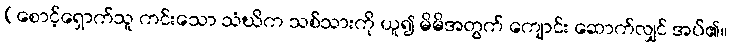
(စောင့်ရှောက်သူ ကင်းသော သံဃိက သစ်သားကို ယူ၍ မိမိအတွက် ကျောင်း ဆောက်လျှင် အပ်၏။